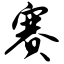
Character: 赛